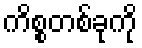
ကိစ္စတစ်ခုကို